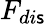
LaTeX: F_{di\mathsf{s}}